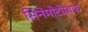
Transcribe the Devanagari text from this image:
सिनेमोटोग्राफ